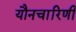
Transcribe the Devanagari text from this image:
यौनचारिणी